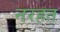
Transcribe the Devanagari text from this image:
नरहत